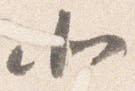
北